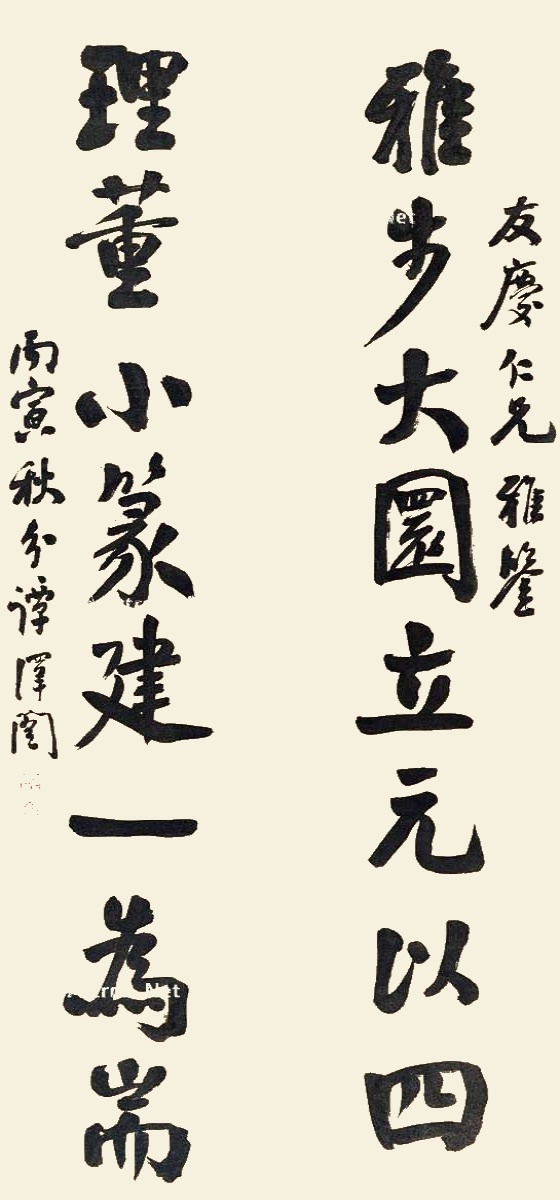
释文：雅布大圜立元以四，理董小篆建一为端。友庆仁兄雅鉴。丙寅秋分，谭泽闿。